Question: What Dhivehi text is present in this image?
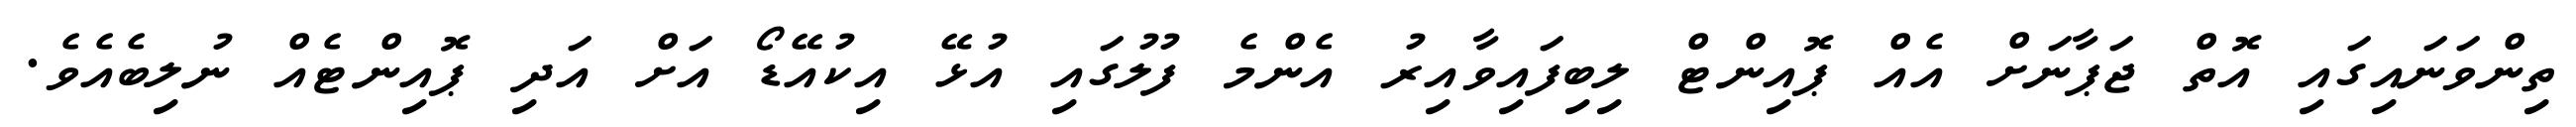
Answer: ތިންވަނައިގައި އޮތް ޖަޕާނަށް އެއް ޕޮއިންޓް ލިބިފައިވާއިރު އެންމެ ފުލުގައި އުޅޭ އިކުއޭޑޯ އަށް އަދި ޕޮއިންޓެއް ނުލިބެއެވެ.